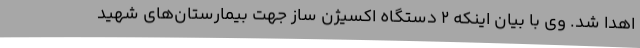
اهدا شد. وی با بیان اینکه 2 دستگاه اکسیژن ساز جهت بیمارستان‌های شهید